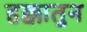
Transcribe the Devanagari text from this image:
हक्कातुन